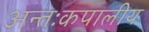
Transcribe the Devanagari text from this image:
अन्तःकपालीय